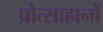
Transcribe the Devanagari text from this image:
प्रोत्साहानों